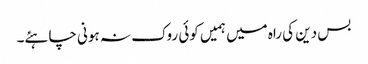
بس دین کی راہ میں ہمیں کوئی روک نہ ہونی چاہئے۔